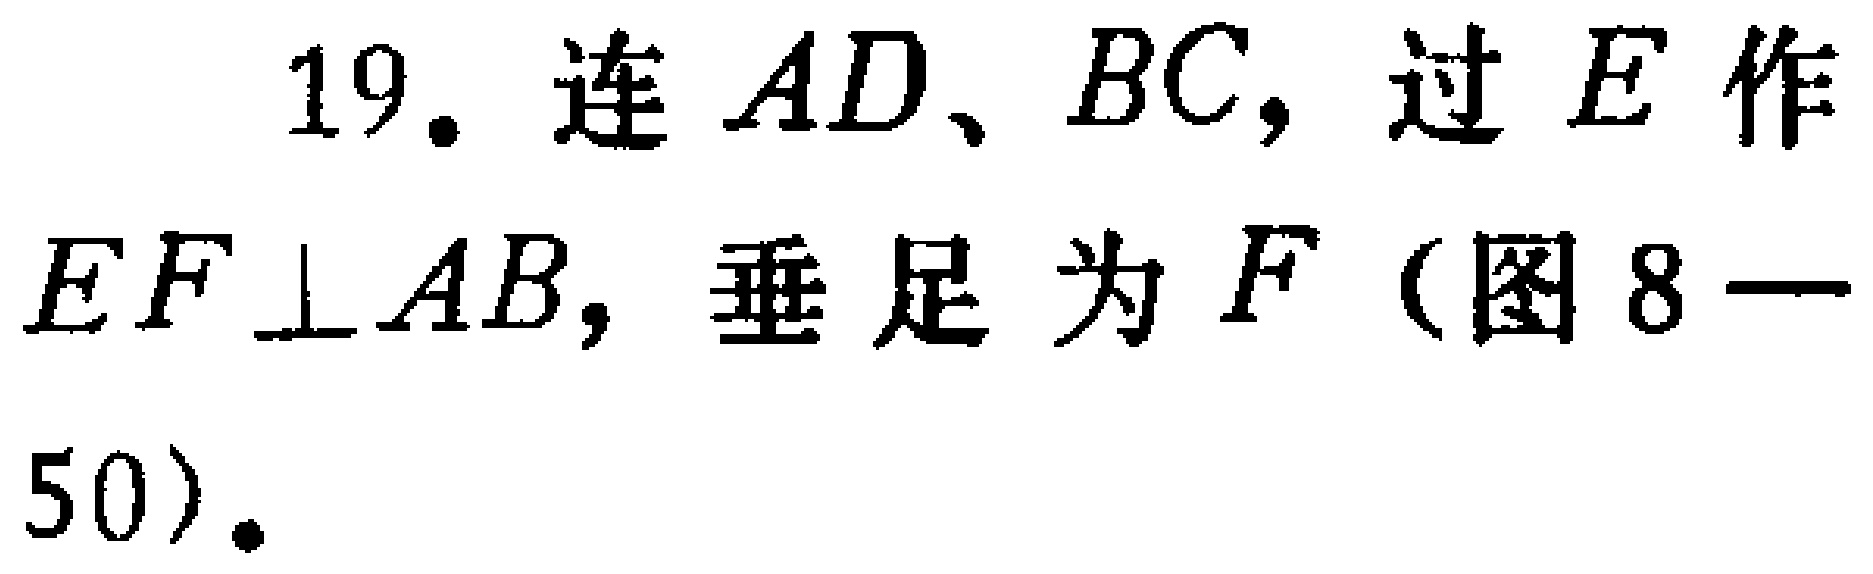
19. 连 \(AD\)、\(BC\)，过 \(E\) 作 \(EF\perp AB\)，垂足为 \(F\)（图 8—50）。